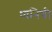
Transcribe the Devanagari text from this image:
ध्वनिची